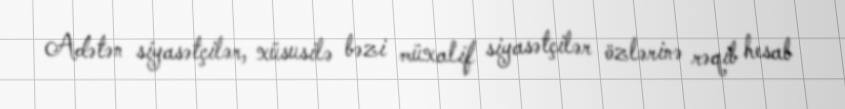
Adətən siyasətçilər, xüsusilə bəzi müxalif siyasətçilər özlərinə rəqib hesab